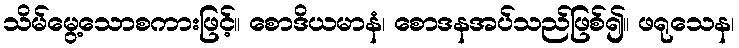
သိမ်မွေ့သောစကားဖြင့်။ စောဒိယမာနံ၊ စောဒနအပ်သည်ဖြစ်၍။ ဖရုသေန၊